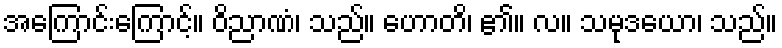
အကြောင်းကြောင့်။ ဝိညာဏံ၊ သည်။ ဟောတိ၊ ၏။ လ။ သမုဒယော၊ သည်။